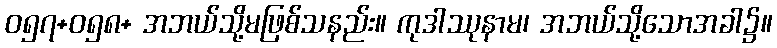
ဝ၅၇+၀၅၈+ အဘယ်သို့မဖြစ်သနည်း။ ကုဒါဿုနာမ၊ အဘယ်သို့သောအခါ၌။